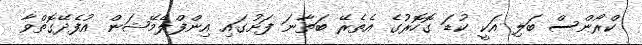
ކްރޯންސް ބަލި އަކީ ކުޑަ ގޮހޮރުގެ އެތެރޭ ބަތާނަ ފަށުގައި އިންފްލެމޭޝަން އުފެދޭގޮތްވާ